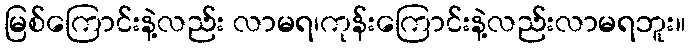
မြစ်ကြောင်းနဲ့လည်း လာမရ၊ကုန်းကြောင်းနဲ့လည်းလာမရဘူး။